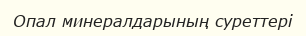
Опал минералдарының суреттері